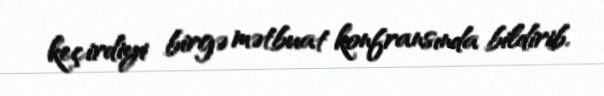
keçirdiyi birgə mətbuat konfransında bildirib.